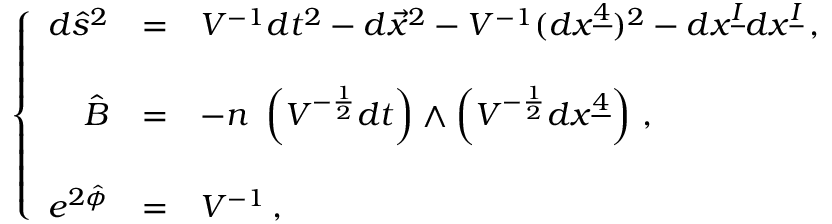
\left\{ \begin{array} { r c l } { { d \hat { s } ^ { 2 } } } & { { = } } & { { V ^ { - 1 } d t ^ { 2 } - d \vec { x } ^ { 2 } - V ^ { - 1 } ( d x ^ { \underline { { { 4 } } } } ) ^ { 2 } - d x ^ { \underline { { { I } } } } d x ^ { \underline { { { I } } } } \, , } } \\ { { } } & { { } } & { { } } \\ { { \hat { B } } } & { { = } } & { { - n \ \left( V ^ { - \frac { 1 } { 2 } } d t \right) \wedge \left( V ^ { - \frac { 1 } { 2 } } d x ^ { \underline { { { 4 } } } } \right) \, , } } \\ { { } } & { { } } & { { } } \\ { { e ^ { 2 \hat { \phi } } } } & { { = } } & { { V ^ { - 1 } \, , } } \end{array} \right.